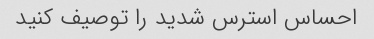
احساس استرس شدید را توصیف کنید